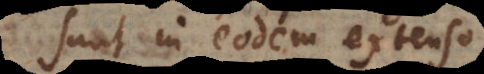
sunt in eodem extenso.